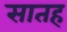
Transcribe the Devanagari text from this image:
सातह